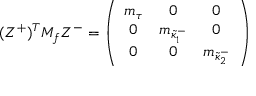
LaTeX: ( Z ^ { + } ) ^ { T } { \cal M } _ { f } Z ^ { - } = \left( \begin{array} { c c c } { { m _ { \tau } } } & { { 0 } } & { { 0 } } \\ { { 0 } } & { { m _ { \tilde { \kappa } _ { 1 } ^ { - } } } } & { { 0 } } \\ { { 0 } } & { { 0 } } & { { m _ { \tilde { \kappa } _ { 2 } ^ { - } } } } \end{array} \right)